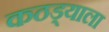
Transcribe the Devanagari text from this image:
कठड्याला